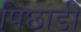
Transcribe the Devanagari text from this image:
पिछाडी